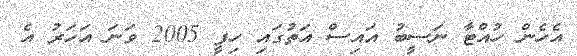
އެހެން ހުއްޓާ ނަސީބު އައިސް އަތުގައި ހިފީ 2005 ވަނަ އަހަރު އެ